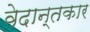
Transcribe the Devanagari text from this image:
वेदान्तकार